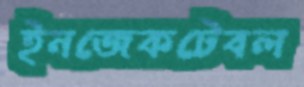
ইনজেকটেবল